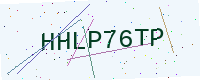
Text: HHLP76TP